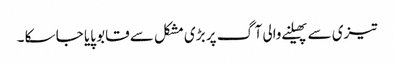
تیزی سے پھیلنے والی آگ پر بڑی مشکل سے قابو پایا جا سکا ۔